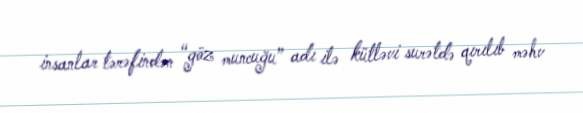
insanlar tərəfindən “göz muncuğu” adı ilə kütləvi surətdə qırılıb məhv